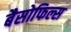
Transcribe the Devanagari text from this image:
बैसोफिल्स